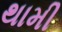
થામી